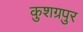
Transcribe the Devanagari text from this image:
कुशग्रपुर